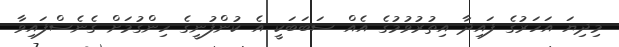
މިދިޔަ އަހަރުގެ ފައިދާ އިތުރުވުމުގެ އެއް ސަބަބަކީ އެ ކުންފުނީގެ ހިންގުމަށް ގެނެސްފައިވާ